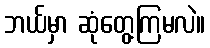
ဘယ်မှာ ဆုံတွေ့ကြမလဲ။